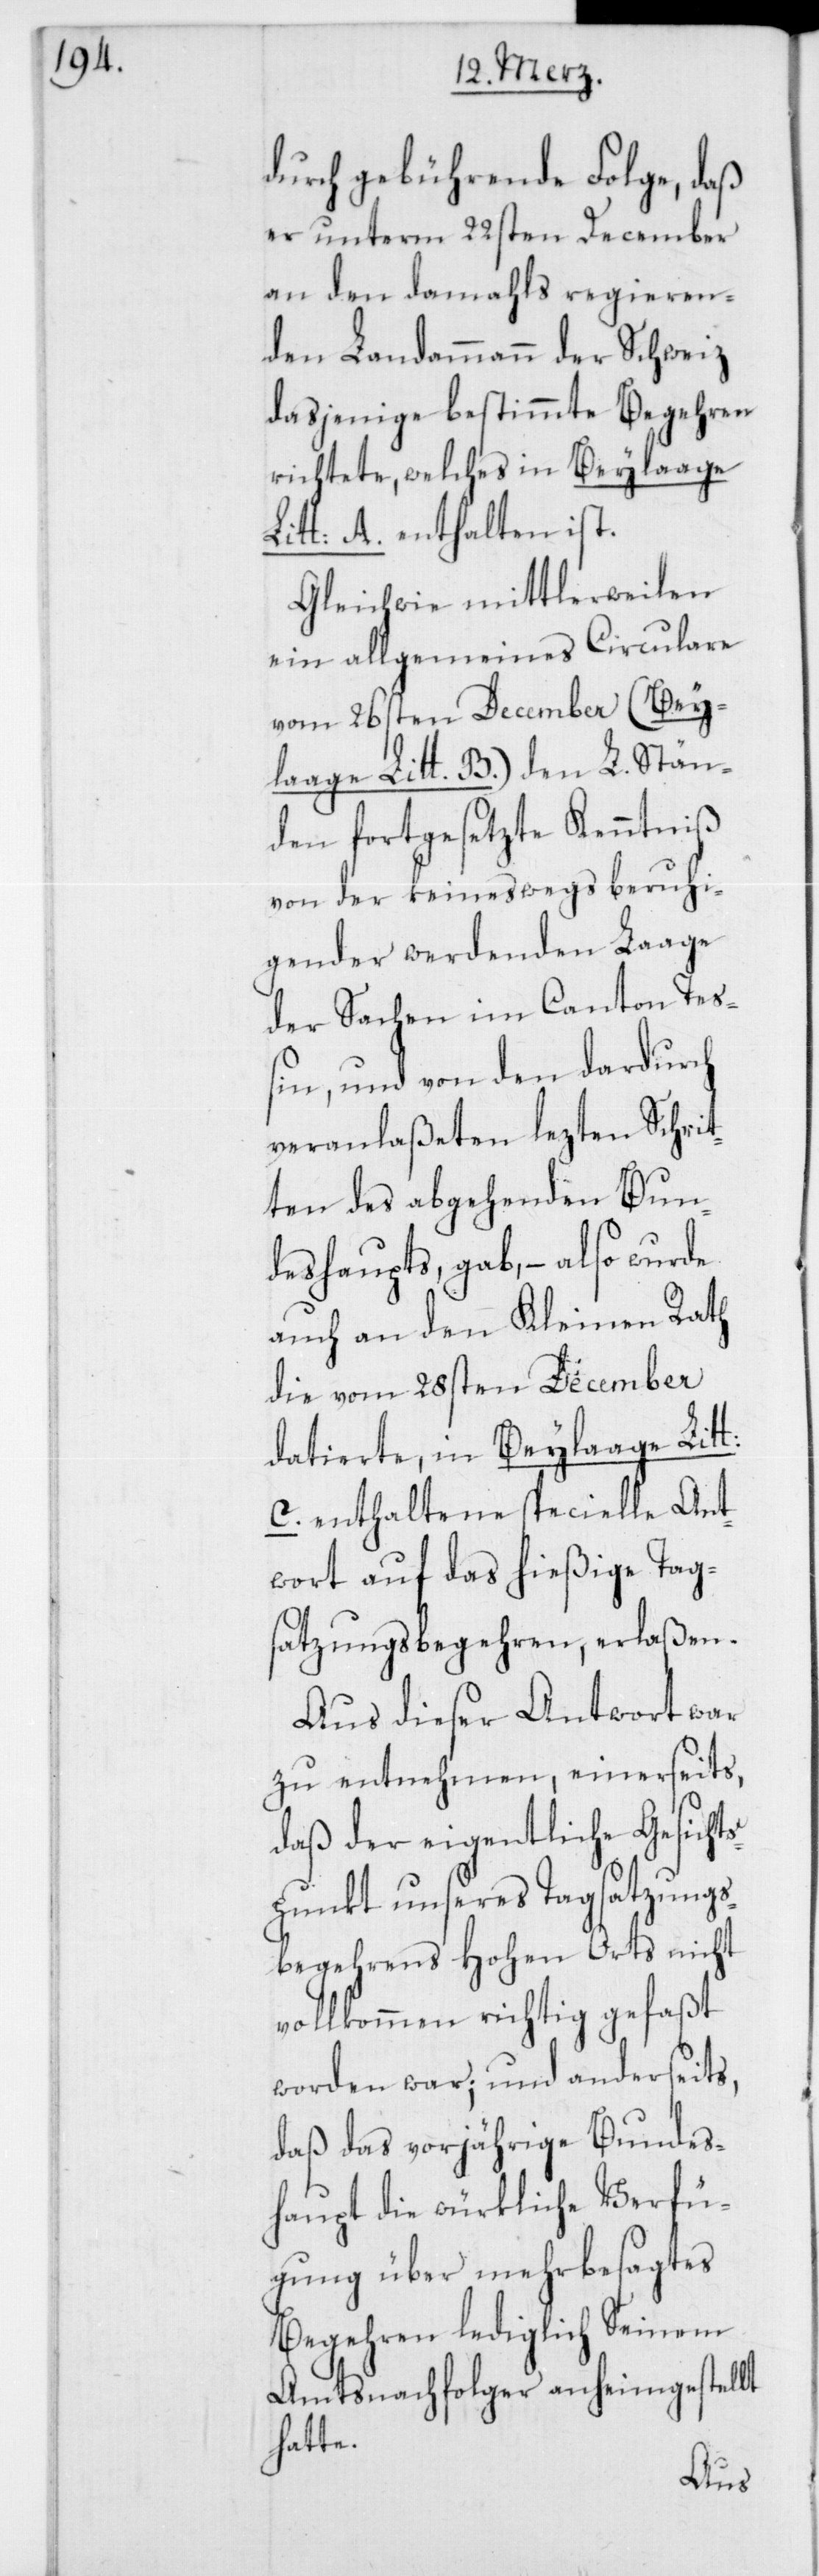
durch gebührende Folge, daß
er unterm 22sten December
an den damahls regieren¬
den Landammann der Schweiz
dasjenige bestimmte Begehren
richtete, welches in Beylaage
Litt: A. enthalten ist.
Gleichwie mittlerweilen
ein allgemeines Circulare
vom 26sten December (Bey¬
laage Litt. B) den L. Stän¬
den fortgesezte Kenntniß
von der keineswegs beruhi¬
gender werdenden Laage
der Sachen im Canton Teß¬
in, und von den dadurch
veranlaßeten lezten Schrit¬
ten des abgehenden Bun¬
deshaupts, gab, – also wurde
auch an den Kleinen Rath
die vom 28sten December
datierte, in Beylaage Litt:
C. enthaltene specielle Ant¬
wort auf das hießige Tag¬
satzungsbegehren, erlaßen.
Aus dieser Antwort war
zu entnehmen, einerseits,
daß der eigentliche Gesicht¬
spunkt unseres Tagsatzungs¬
begehrens Hohen Orts nicht
vollkommen richtig gefaßt
worden war; und anderseits,
daß das vorjährige Bundes¬
haupt die würkliche Verfü¬
gung über mehrbesagtes
Begehren lediglich Seinem
Amtsnachfolger anheimgestellt
hatte.